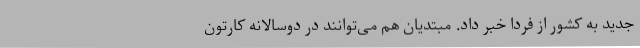
جدید به کشور از فردا خبر داد. مبتدیان هم می‌توانند در دوسالانه کارتون